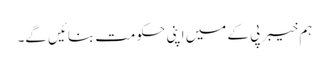
ہم خیبر پی کے میں اپنی حکومت بنائیں گے۔